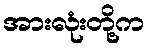
အားလုံးတို့က